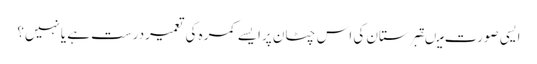
ایسی صورت میںقبرستان کی اس چٹان پرایسے کمرہ کی تعمیردرست ہے یانہیں؟